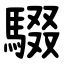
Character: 䮕